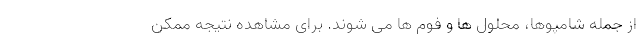
از جمله شامپوها، محلول ها و فوم ها می شوند. برای مشاهده نتیجه ممکن